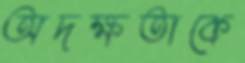
অদক্ষতাকে